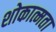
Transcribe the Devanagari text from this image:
शोकात्मता